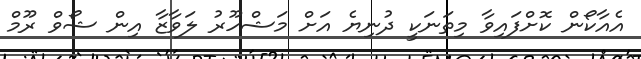
އެއާކޯން ކޮށްފައިވާ މިތަނަކީ ދުނިޔެ އަށް މަޝްހޫރު ލަވާޒާ އިން ޝޯވް ރޫމް